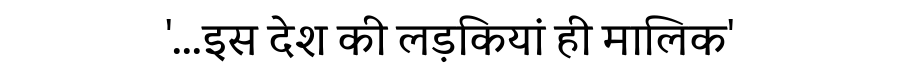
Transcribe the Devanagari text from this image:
'...इस देश की लड़कियां ही मालिक'